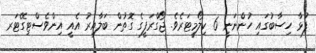
ފުޅާ ހިސާބުގައި ހުންނަނީ 6 ކިލޯމީޓަރެވެ. ޖޯގްރަފީގެ ގޮތުން ބަލާއިރު އެއީ އިންވެސްޓިގޭޓަރ